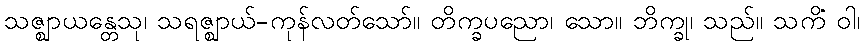
သဇ္ဈာယန္တေသု၊ သရဇ္ဈာယ်-ကုန်လတ်သော်။ တိက္ခပညော၊ သော။ ဘိက္ခု၊ သည်။ သကိံ ဝါ၊